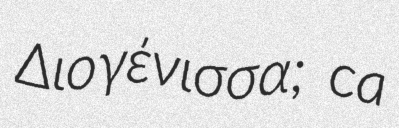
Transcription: Διογένισσα; ca